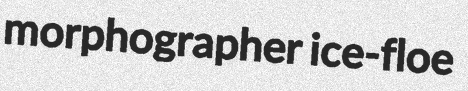
morphographer ice-floe